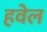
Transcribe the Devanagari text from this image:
हवेल